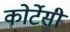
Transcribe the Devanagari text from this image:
कोर्टेसी